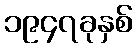
၁၉၄၇ခုနှစ်